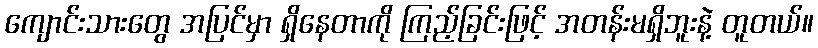
ကျောင်းသားတွေ အပြင်မှာ ရှိနေတာကို ကြည့်ခြင်းဖြင့် အတန်းမရှိဘူးနဲ့ တူတယ်။